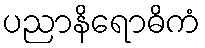
ပညာနိရောဓိကံ